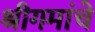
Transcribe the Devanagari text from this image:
श्रीगमांचे